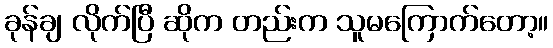
ခုန်ချ လိုက်ပြီ ဆိုက တည်းက သူမကြောက်တော့။